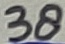
Text: 38